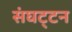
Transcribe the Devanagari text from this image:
संघट्‍टन